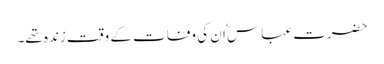
حضرت عباس ؓا ن کی وفات کے وقت زندہ تھے۔